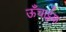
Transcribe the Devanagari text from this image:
ऊँचाईया